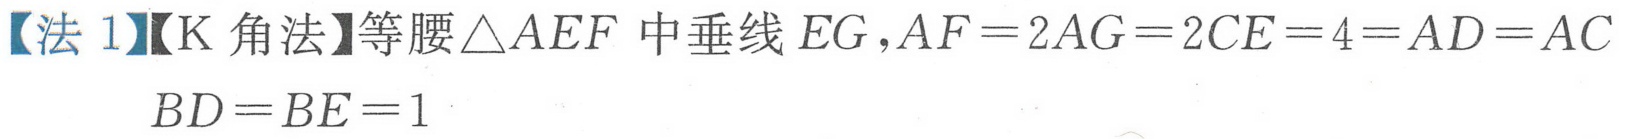
【法1】【K角法】等腰\(\triangle AEF\)中垂线\(EG\)，\(AF = 2AG=2CE = 4=AD = AC\)
\(BD = BE = 1\)